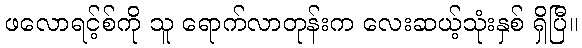
ဖလောရင့်စ်ကို သူ ရောက်လာတုန်းက လေးဆယ့်သုံးနှစ် ရှိပြီ။